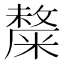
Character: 𥼋